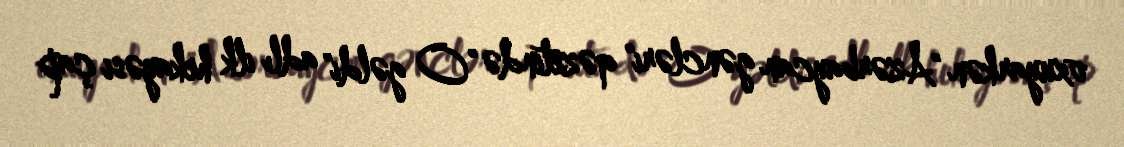
oxuyarkən "Azərbaycan gəncləri" qəzetində "O gəldi" adlı ilk hekayəsi çap